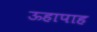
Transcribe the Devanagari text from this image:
ऊहापाह